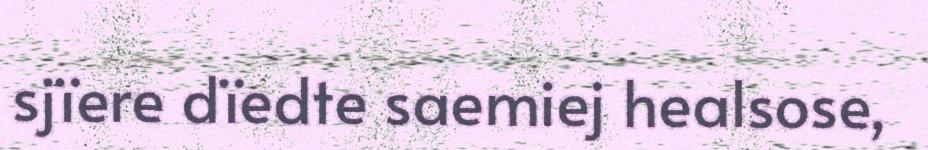
sjïere dïedte saemiej healsose,